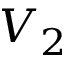
V _ { 2 }